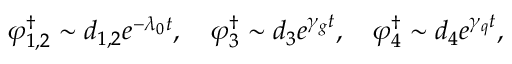
\varphi _ { 1 , 2 } ^ { \dagger } \sim d _ { 1 , 2 } e ^ { - \lambda _ { 0 } t } , \quad \varphi _ { 3 } ^ { \dagger } \sim d _ { 3 } e ^ { \gamma _ { g } t } , \quad \varphi _ { 4 } ^ { \dagger } \sim d _ { 4 } e ^ { \gamma _ { q } t } ,